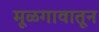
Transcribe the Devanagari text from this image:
मूळगावातून